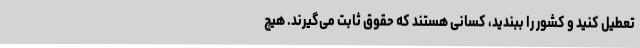
تعطیل کنید و کشور را ببندید، کسانی هستند که حقوق ثابت می‌گیرند. هیچ